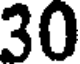
30